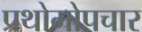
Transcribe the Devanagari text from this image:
प्रथोमोपचार